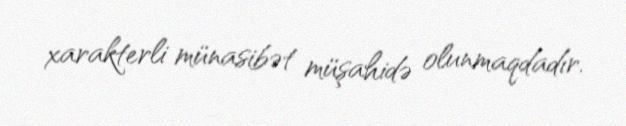
xarakterli münasibət müşahidə olunmaqdadır.